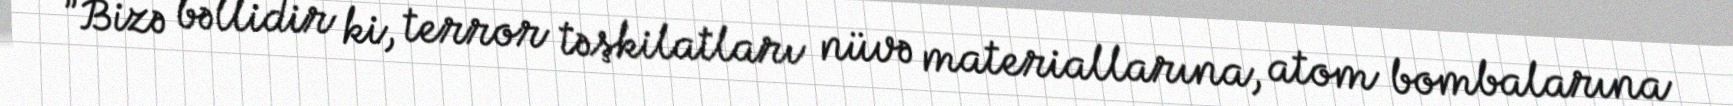
”Bizə bəllidir ki, terror təşkilatları nüvə materiallarına, atom bombalarına